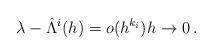
LaTeX: \begin{align*} \lambda- \hat \Lambda^i (h) = o(h^{k_i}) h\to0\,.\end{align*}